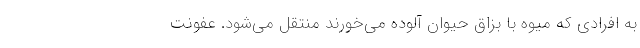
به افرادی که میوه با بزاق حیوان آلوده می‌خورند منتقل می‌شود. عفونت